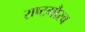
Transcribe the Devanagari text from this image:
राष्‍टगौरव